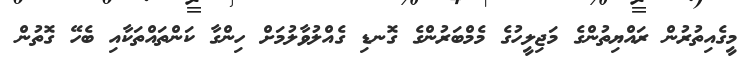
މީގެއިތުރުން ރައްޔިތުންގެ މަޖިލީހުގެ މެމްބަރުންގެ ގޮނޑި ގެއްލުވާލުމަށް ހިންގާ ކަންތައްތަކާއި ބެހޭ ގޮތުން